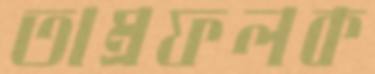
তাম্রফলক